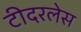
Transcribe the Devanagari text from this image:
टीदरलेस